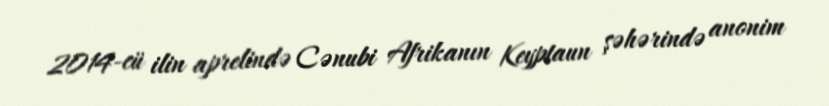
2014-cü ilin aprelində Cənubi Afrikanın Keyptaun şəhərində anonim